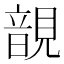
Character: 𧡱